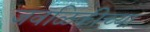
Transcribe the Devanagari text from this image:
जवळिकीच्या